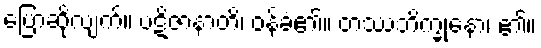
ပြောဆိုလျက်။ ပဋိဇာနာတိ၊ ဝန်ခံ၏။ တဿဘိက္ခုနော၊ ၏။